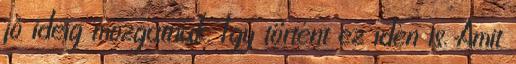
jó ideig mozgatnak. Így történt ez idén is. Amit